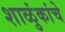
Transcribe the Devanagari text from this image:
शाळुंकांचे